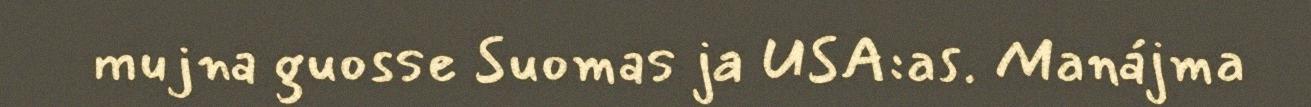
mujna guosse Suomas ja USA:as. Manájma